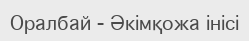
Оралбай - Әкімқожа інісі